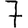
Digit: 7